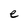
Character: e